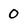
Character: O